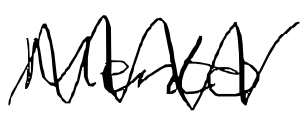
Text: Mento
Cross-out: zig-zag
Writing tool: digital_black